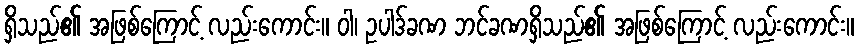
ရှိသည်၏ အဖြစ်ကြောင့် လည်းကောင်း။ ဝါ၊ ဥပါဒ်ခဏ ဘင်ခဏရှိသည်၏ အဖြစ်ကြောင့် လည်းကောင်း။